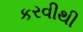
કરવીથી